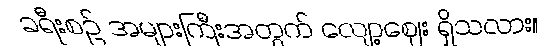
ခရီးစဉ် အများကြီးအတွက် လျော့ဈေး ရှိသလား။